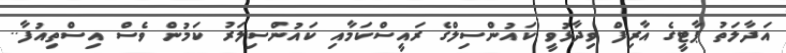
އަދާލަތު ޕާޓީގެ އާރިފް ވިދާޅުވީ ކައުންސިލްގެ ރައީސްކަމާއި ކައުންސިލަރު ކަމުން ވެސް އިސްތިއުފާ..